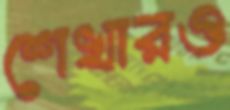
শেখারও